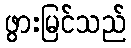
ဖွားမြင်သည်